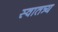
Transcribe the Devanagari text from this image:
स्वातत्र्य